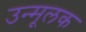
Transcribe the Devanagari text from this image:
उन्मूलक